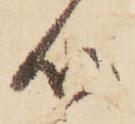
心